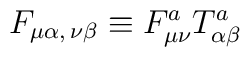
F_{\mu\alpha,\,\nu\beta}\equiv F^{a}_{\mu\nu}T^{a}_{\alpha\beta}